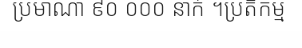
ប្រមាណា ៩០ ០០០ នាក់ ។ប្រតិកម្ម